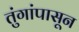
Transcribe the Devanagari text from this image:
तुंगांपासून